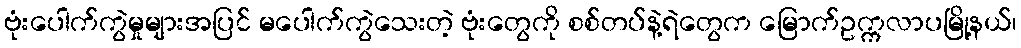
ဗုံးပေါက်ကွဲမှုများအပြင် မပေါက်ကွဲသေးတဲ့ ဗုံးတွေကို စစ်တပ်နဲ့ရဲတွေက မြောက်ဥက္ကလာပမြို့နယ်၊